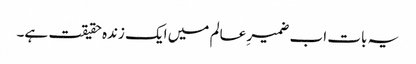
یہ بات اب ضمیرِ عالم میں ایک زندہ حقیقت ہے۔